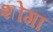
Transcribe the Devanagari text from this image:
शोगा